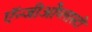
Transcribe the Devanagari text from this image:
ऍन्जीओेप्लास्टी